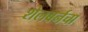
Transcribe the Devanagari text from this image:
शेलबर्नचा